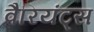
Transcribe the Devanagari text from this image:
वैरियंट्स